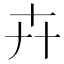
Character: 𠦄